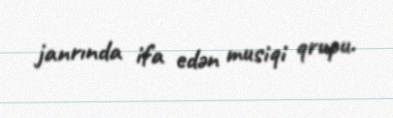
janrında ifa edən musiqi qrupu.